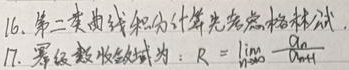
16. 第二类曲线积分计算先考虑格林公式。
17. 幂级数收敛半径为：
\[
R=\lim\limits_{n \to \infty}\left|\frac{a_{n}}{a_{n + 1}}\right|
\] 。